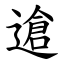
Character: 䢢